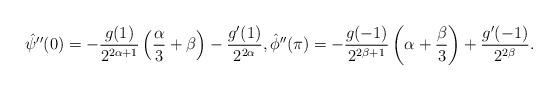
LaTeX: \begin{align*}\hat{\psi}{''}(0) = - \frac{g(1)}{2^{2\alpha+1}} \left(\frac{\alpha}{3} + \beta \right) - \frac{ g'(1)}{2^{2\alpha}} ,\hat{\phi}{''}(\pi) = - \frac{g(-1)}{2^{2\beta+1}} \left(\alpha + \frac{\beta}{3} \right) + \frac{ g'(-1)}{2^{2\beta}}.\end{align*}